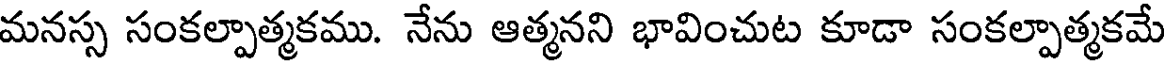
మనస్స సంకల్పాత్మకము. నేను ఆత్మనని భావించుట కూడా సంకల్పాత్మకమే